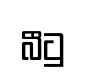
බීටු